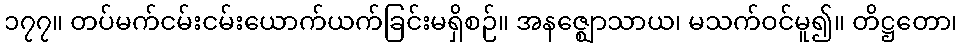
၁၇၇။ တပ်မက်ငမ်းငမ်းယောက်ယက်ခြင်းမရှိစဉ်။ အနဇ္ဈောသာယ၊ မသက်ဝင်မူ၍။ တိဋ္ဌတော၊